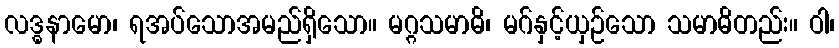
လဒ္ဓနာမော၊ ရအပ်သောအမည်ရှိသော။ မဂ္ဂသမာဓိ၊ မဂ်နှင့်ယှဉ်သော သမာဓိတည်း။ ဝါ၊